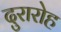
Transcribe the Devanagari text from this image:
दुरारोह